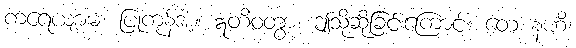
ကရေယျာမ၊ ပြုကုန်အံ့။ ဣတိဝတွာ၊ ဤသို့ဆိုခြင်းကြောင့်။ တေ နဟိ၊